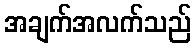
အချက်အလက်သည်